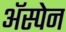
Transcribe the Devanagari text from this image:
अॅस्पेन